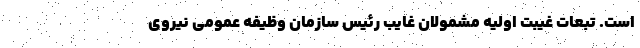
است. تبعات غیبت اولیه مشمولان غایب رئیس سازمان وظیفه عمومی نیروی